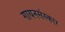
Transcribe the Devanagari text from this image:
गायनसंस्कार